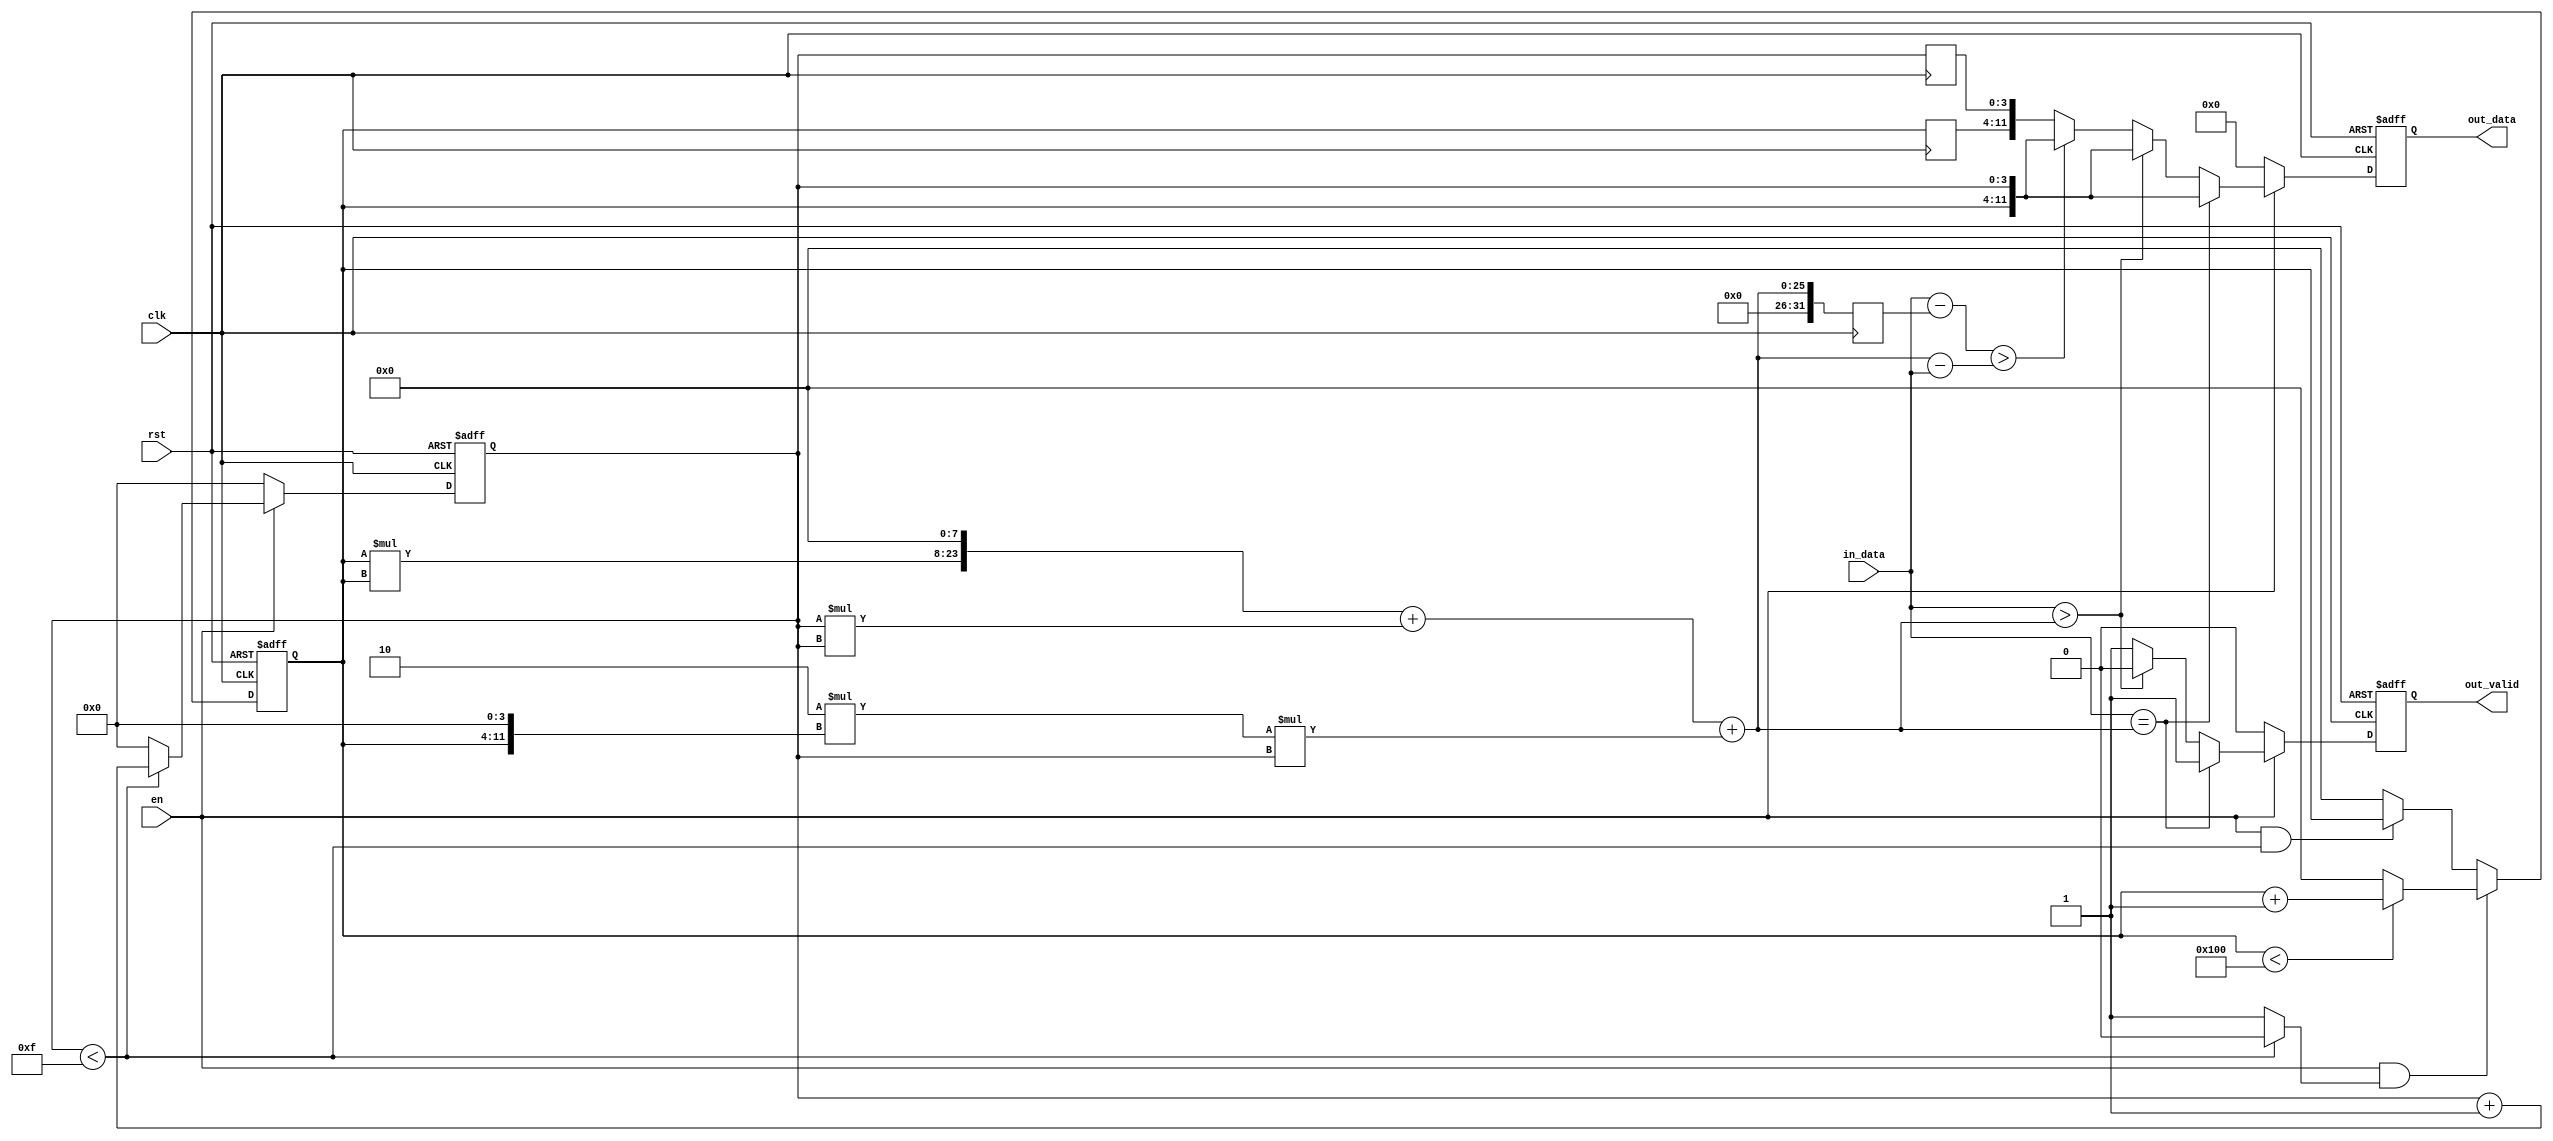
`ifndef __SQRT_V__
`define __SQRT_V__
        module sqrt(
            input clk,
            input rst,
            input [31:0] in_data,
            input en,
            output out_valid,
            output [11:0] out_data
        );


reg [11:0] out_data_true;
reg [11:0] out_data_true_next;
reg out_valid_true;
reg out_valid_true_next;

reg [7:0] integer_parts;
reg [7:0] integer_parts_next;
reg [3:0] fraction_parts;
reg [3:0] fraction_parts_next;
reg integer_trigger;
reg [7:0] temp1;
reg [15:0] temp2;
reg [31:0] temp_result;
reg [31:0] difference;

reg [31:0] last_temp_result;
reg [7:0] last_integer_parts;
reg [3:0] last_fraction_parts;


always @(posedge clk or posedge rst)
begin
    if (rst)
    begin
        out_valid_true <= 0;
    end
    else if(en)
        out_valid_true <= out_valid_true_next;
    else
        out_valid_true <= 0;
end

always @(posedge clk or posedge rst)
begin
    if (rst)
    begin
        out_data_true <= 0;
    end
    else if(en)
        out_data_true <= out_data_true_next;
    else
        out_data_true <= 0;
end

always @(posedge clk or posedge rst)
begin
    if(rst)
        fraction_parts <= 0;
    else if(en)
        fraction_parts <= fraction_parts_next;
    else
        fraction_parts <= 0;
end

always @(*)
begin //fraction_parts
    if (fraction_parts < 15)
    begin
        fraction_parts_next = fraction_parts + 1;
        integer_trigger = 0;
    end
    else
    begin
        fraction_parts_next = 0;
        integer_trigger = 1;
    end
end

always @(posedge clk or posedge rst)
begin
    if(rst)
        integer_parts <= 0;
    else if(en == 1 && integer_trigger == 1)
        integer_parts <= integer_parts_next;
    else if(en == 1 && integer_trigger != 1)
        integer_parts <= integer_parts;
    else
        integer_parts <= 0;
end

always @(*)
begin //integer_parts
    if (integer_parts < 256)
        integer_parts_next = integer_parts + 1;
    else
        integer_parts_next = 0;
end

always @(posedge clk) begin
    last_temp_result <= temp_result;
    last_fraction_parts <= fraction_parts;
    last_integer_parts  <= integer_parts;
end

always @(*) begin
    difference = in_data - last_temp_result;
end

always @(*)
begin
    temp1 = fraction_parts * fraction_parts;
    temp2 = integer_parts * integer_parts;
    temp_result = {temp2,8'b0} + temp1 +2*{integer_parts,4'b0}*fraction_parts;
    if (in_data == temp_result)
    begin
        out_data_true_next = {integer_parts,fraction_parts};
        out_valid_true_next = 1;
    end
    else if (in_data > temp_result )
    begin
        out_data_true_next = {integer_parts,fraction_parts};
        out_valid_true_next = 0;
    end
    else
    begin
        if(difference > temp_result - in_data)
        begin
            out_data_true_next = {integer_parts,fraction_parts};
            out_valid_true_next = 1;
        end
        else begin
            out_data_true_next = {last_integer_parts,last_fraction_parts};
            out_valid_true_next = 1;
        end
    end
end



assign out_data = out_data_true;   //final assignment of output.
assign out_valid = out_valid_true;

endmodule


`endif